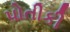
પોતીકી